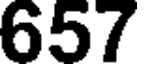
657